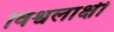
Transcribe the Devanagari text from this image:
विश्वलाक्षी